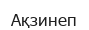
Ақзинеп